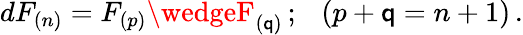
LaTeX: dF_{(n)}=F_{(p)}\wedgeF_{(\mathsf{q})}\, ;\ \ \ (p+\mathsf{q}=n+1)\, .